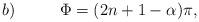
LaTeX: \begin{align*}b) \,\,\,\,\,\,\,\,\,\,\,\,\,\,\,\, \Phi =(2n+1-\alpha)\pi,\end{align*}